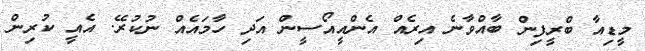
މީޑިއާ ބްރީފިން ބާއްވާނެ އިރެއް އެންއީއޯސީން އަދި ހާމައެއް ނުކުރޭ. އެއީ ކުރިން